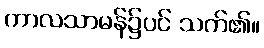
ကာလသာမန်၌ပင် သက်၏။